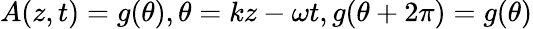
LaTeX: A(z,t)=g(\theta),\theta=kz-\omega t,g(\theta+2\pi)=g(\theta)